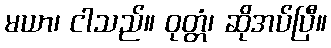
မယာ၊ ငါသည်။ ဝုတ္တံ၊ ဆိုအပ်ပြီ။